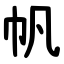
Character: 帆